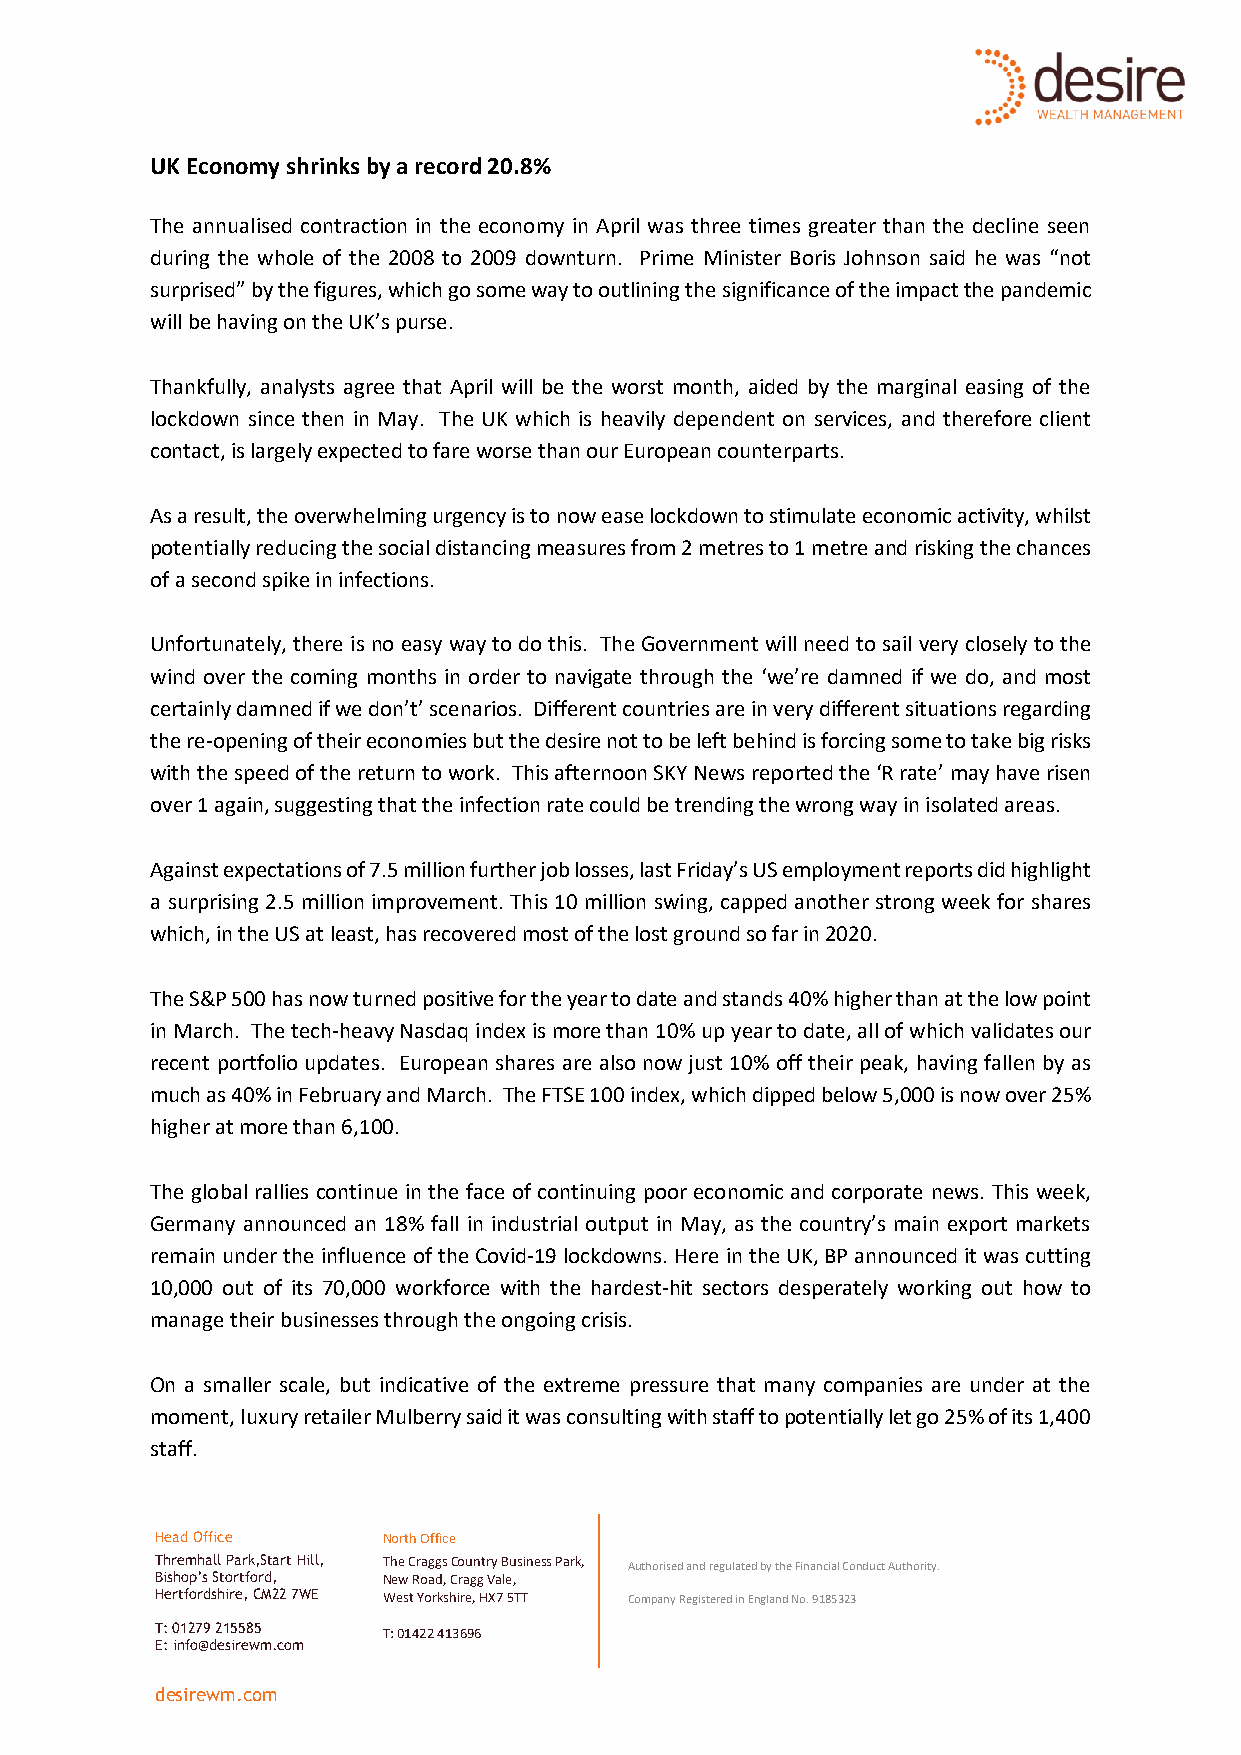
UK Economy shrinks by a record 20.8%
 The annualised contraction in the economy in April was three times greater than the decline seen
 during the whole of the 2008 to 2009 downturn. Prime Minister Boris Johnson said he was “not
 surprised” by the figures, which go some way to outlining the significance of the impact the pandemic
 will be having on the UK’s purse.
 Thankfully, analysts agree that April will be the worst month, aided by the marginal easing of the
 lockdown since then in May. The UK which is heavily dependent on services, and therefore client
 contact, is largely expected to fare worse than our European counterparts.
 As a result, the overwhelming urgency is to now ease lockdown to stimulate economic activity, whilst
 potentially reducing the social distancing measures from 2 metres to 1 metre and risking the chances
 of a second spike in infections.
 Unfortunately, there is no easy way to do this. The Government will need to sail very closely to the
 wind over the coming months in order to navigate through the ‘we’re damned if we do, and most
 certainly damned if we don’t’ scenarios. Different countries are in very different situations regarding
 the re-opening of their economies but the desire not to be left behind is forcing some to take big risks
 with the speed of the return to work. This afternoon SKY News reported the ‘R rate’ may have risen
 over 1 again, suggesting that the infection rate could be trending the wrong way in isolated areas.
 Against expectations of 7.5 million further job losses, last Friday’s US employment reports did highlight
 a surprising 2.5 million improvement. This 10 million swing, capped another strong week for shares
 which, in the US at least, has recovered most of the lost ground so far in 2020.
 The S&P 500 has now turned positive for the year to date and stands 40% higher than at the low point
 in March. The tech-heavy Nasdaq index is more than 10% up year to date, all of which validates our
 recent portfolio updates. European shares are also now just 10% off their peak, having fallen by as
 much as 40% in February and March. The FTSE 100 index, which dipped below 5,000 is now over 25%
 higher at more than 6,100.
 The global rallies continue in the face of continuing poor economic and corporate news. This week,
 Germany announced an 18% fall in industrial output in May, as the country’s main export markets
 remain under the influence of the Covid-19 lockdowns. Here in the UK, BP announced it was cutting
 10,000 out of its 70,000 workforce with the hardest-hit sectors desperately working out how to
 manage their businesses through the ongoing crisis.
 On a smaller scale, but indicative of the extreme pressure that many companies are under at the
 moment, luxury retailer Mulberry said it was consulting with staff to potentially let go 25% of its 1,400
 staff.
 Head Office    North Office
 Thremhall Park,Start Hill, The Craggs Country Business Park, Authorised and regulated by the Financial Conduct Authority.
 Bishop’s Stortford, New Road, Cragg Vale,
 Hertfordshire, CM22 7WE West Yorkshire, HX7 5TT Company Registered in England No. 9185323
 T: 01279 215585 T: 01422 413696
 E: info@desirewm.com
 desirewm.com